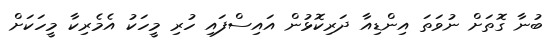
ބުނާ ގޮތަށް ނުވަތަ އިންޑިއާ ދަރިކޮޅުން އައިސްފައި ހުރި މީހަކު އެމެރިކާ މީހަކަށް